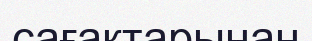
сағақтарынан